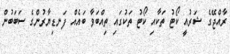
ރާއްޖޭގެ ޝަރުއީ ކޯޓު ތަކާއި ކޯޓު ތަކުގައި ތިއްބަވާ ބައެއް ފަނޑިޔާރުންގެ ސަބަބުން